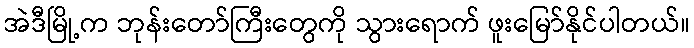
အဲဒီမြို့က ဘုန်းတော်ကြီးတွေကို သွားရောက် ဖူးမြော်နိုင်ပါတယ်။